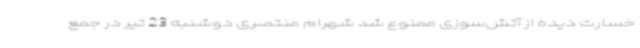
خسارت دیده از آتش‌سوزی ممنوع شد شهرام منتصری دوشنبه 23 تیر در جمع